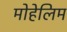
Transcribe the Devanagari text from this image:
मोहेलिम